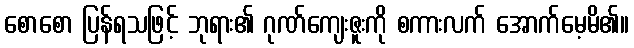
စောစော ပြန်ရသဖြင့် ဘုရား၏ ဂုဏ်ကျေးဇူးကို စကားလက် အောက်မေ့မိ၏။